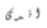
اندى